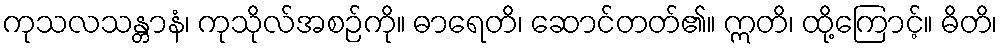
ကုသလသန္တာနံ၊ ကုသိုလ်အစဉ်ကို။ ဓာရေတိ၊ ဆောင်တတ်၏။ ဣတိ၊ ထို့ကြောင့်။ ဓိတိ၊